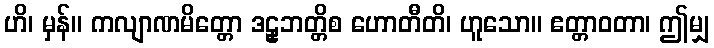
ဟိ၊ မှန်။ ကလျာဏမိတ္တော ဒဠှဘတ္တိစ ဟောတီတိ၊ ဟူသော။ ဧတ္တာဝတာ၊ ဤမျှ